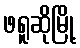
ဖရူဆိုမြို့